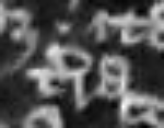
terra